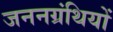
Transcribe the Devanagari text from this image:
जननग्रंथियों